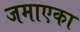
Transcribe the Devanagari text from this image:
जमाएका